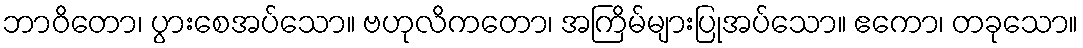
ဘာဝိတော၊ ပွားစေအပ်သော။ ဗဟုလိကတော၊ အကြိမ်များပြုအပ်သော။ ဧကော၊ တခုသော။